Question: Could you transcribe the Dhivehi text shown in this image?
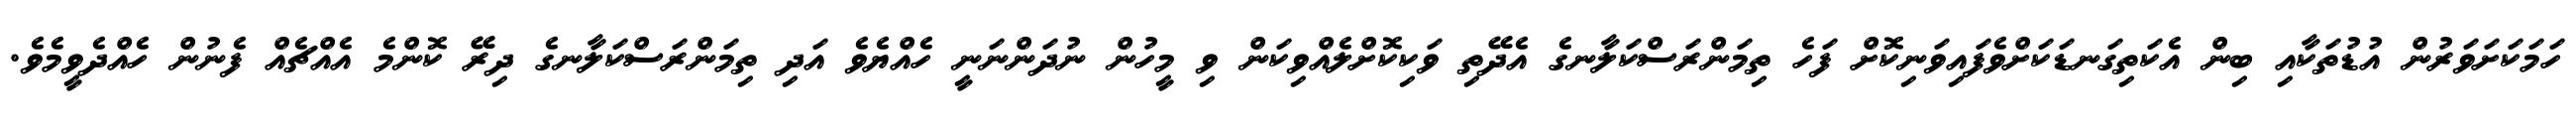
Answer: ހަމަކަށަވަރުން އުޑުތަކާއި ބިން އެކަތިގަނޑަކަށްވެފައިވަނިކޮށް ފަހެ ތިމަންރަސްކަލާނގެ އެދޭތި ވަކިކޮށްލެއްވިކަން ވި މީހުން ނުދަންނަނީ ހެއްޔެވެ އަދި ތިމަންރަސްކަލާނގެ ދިރޭ ކޮންމެ އެއްޗެއް ފެނުން ހެއްދެވީމެވެ.